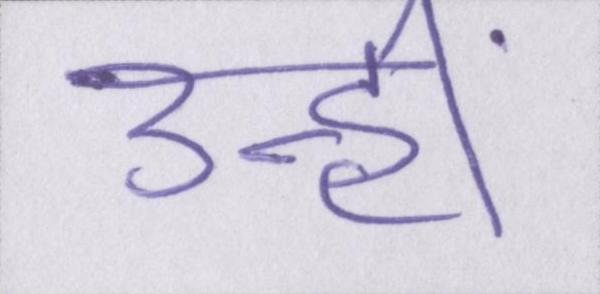
उन्हीं